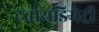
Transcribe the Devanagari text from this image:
टर्बायडिमेट्री